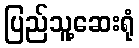
ပြည်သူ့ဆေးရုံ